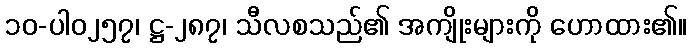
၁၀-ပါ၀၂၅၇၊ ဋ္ဌ-၂၈၇၊ သီလစသည်၏ အကျိုးများကို ဟောထား၏။